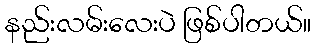
နည်းလမ်းလေးပဲ ဖြစ်ပါတယ်။